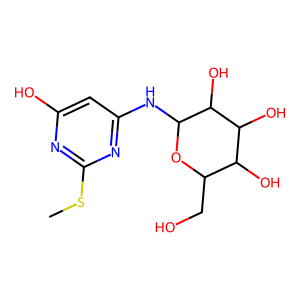
SMILES: CSc1nc(O)cc(NC2OC(CO)C(O)C(O)C2O)n1
Inhibits HIV replication: No